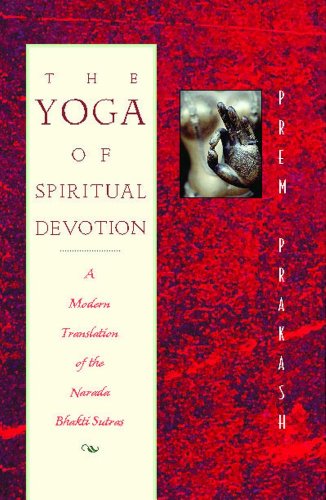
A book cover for The Yoga of Spiritual Devotion: A Modern Translation of the Narada Bhakti Sutras; Prem Prakash; Religion & Spirituality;